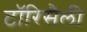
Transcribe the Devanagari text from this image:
टॉरिसैली